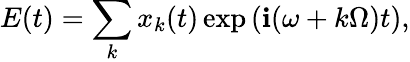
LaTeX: E(t)=\sum_{k}x_{k}(t)\exp\left(\mathbf{i}(\omega+k\Omega)t\right),